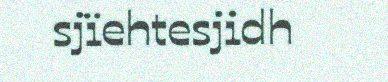
sjïehtesjidh